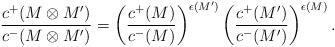
LaTeX: \begin{align*} \frac{c^{+} (M \otimes M') }{c^{-} (M \otimes M') } = \left( \frac{c^{+}(M)}{c^{-}(M)} \right)^{\epsilon(M')} \left( \frac{c^{+}(M')}{c^{-}(M')} \right)^{\epsilon(M)}.\end{align*}